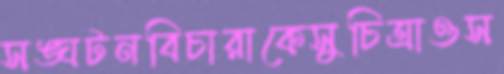
সঙ্ঘটনবিচারাকেসুচিত্রাওস